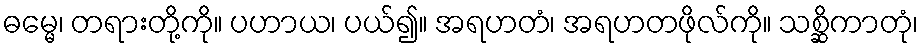
ဓမ္မေ၊ တရားတို့ကို။ ပဟာယ၊ ပယ်၍။ အရဟတံ၊ အရဟတဖိုလ်ကို။ သစ္ဆိကာတုံ၊